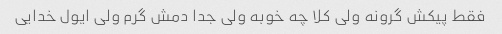
فقط پیکش گرونه ولی کلا چه خوبه ولی جدا دمش گرم ولی ایول خدایی